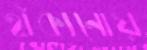
হাঁকানোয়